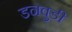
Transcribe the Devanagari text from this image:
डनवुडी